Report on vaccination in Madras 1895-1903 - 1895-1903
Year: 1895
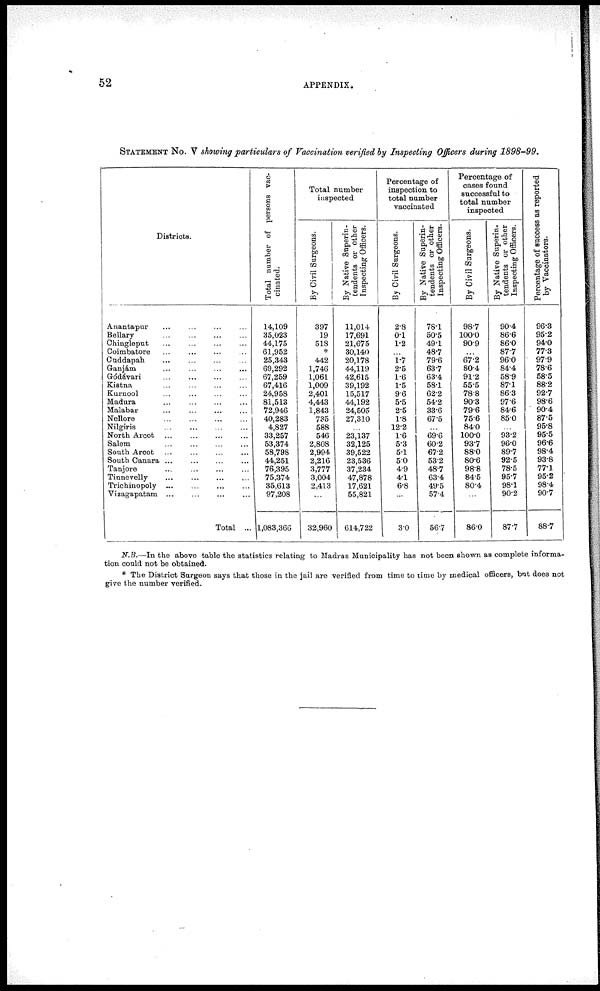
52
APPENDIX.
STATEMENT No. V showing particulars of Vaccination verified by Inspecting Officers during 1898-99.
Districts.
Anantapur ... ... ... ...
Bellary
... ... ... ...
Chingleput
...
...
...
...
Coimbatore ... ... ... ...
Cuddapah
...
...
...
...
Ganjám
...
...
...
...
Gódávari
...
...
...
...
Kistna ... ... ... ...
Kurnool ... ... ... ...
Madura ... ... ... ...
Malabar
...
...
...
...
Nellore
...
...
...
...
Nilgiris
...
...
...
...
North Arcot
...
...
...
...
Salem
...
...
...
...
South Arcot ... ... ... ...
South Canara ... ... ... ...
Tanjore
...
...
...
...
Tinnevelly
...
...
...
...
Trichinopoly ... ... ... ...
Vizagapatam ... ... ... ...
Total ...
Total number of persons vac-
cinated.
14,109
35,023
44,175
61,952
25,343
69,292
67,259
67,416
24,958
81,513
72,946
40,283
4,827
33,257
53,374
58,798
44,251
76,395
75,374
35,613
97,208
1,083,366
Total number
inspected
By Civil Surgeons.
397
19
518
*
442
1,746
1,061
1,009
2,401
4,443
1,843
735
588
546
2,808
2,994
2,216
3,777
3,004
2,413
...
32,960
By Native Superin-
tendents or other
Inspecting Officers.
11,014
17,691
21,675
30,140
20,178
44,119
42,615
39,192
15,517
44,192
24,505
27,310
...
23,137
32,125
39,522
23,536
37,234
47,878
17,621
55,821
614,722
Percentage of
inspection to
total number
vaccinated
By Civil Surgeons.
2.8
0.1
1.2
...
1.7
2.5
1.6
1.5
9.6
5.5
2.5
1.8
12.2
1.6
5.3
5.1
5.0
4.9
4.1
6.8
...
3.0
By Native Superin-
tendents or other
Inspecting Officers.
78.1
50.5
49.1
48.7
79.6
63.7
63.4
58.1
62.2
54.2
33.6
67.5
...
69.6
60.2
67.2
53.2
48.7
63.4
49.5
57.4
56.7
Percentage of
cases found
successful to
total number
inspected
By Civil Surgeons.
98.7
100.0
90.9
...
67.2
80.4
91.2
55.5
78.8
90.3
79.6
75.6
84.0
100.0
93.7
88.0
80.6
98.8
84.5
80.4
...
86.0
By Native Superin-
tendents or other
Inspecting Officers.
90.4
86.6
86.0
87.7
96.0
84.4
58.9
87.1
86.3
97.6
84.6
85.0
...
93.2
96.0
89.7
92.5
78.5
95.7
98.1
90.2
87.7
Percentage of success as reported
by Vaccinators.
96.3
95.2
94.0
77.3
97.9
78.6
58.5
88.2
92.7
98.6
90.4
87.5
95.8
95.5
96.6
98.4
93.8
77.1
95.2
98.4
90.7
88.7
N.B.—In the above table the statistics relating to Madras Municipality has not been shown as complete informa-
tion could not be obtained.
* The District Surgeon says that those in the jail are verified from time to time by medical officers, but does not
give the number verified.